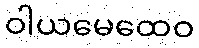
ဝါယမေထေဝ